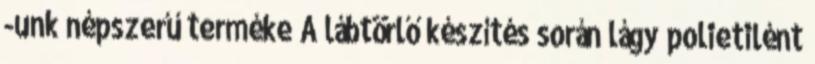
-unk népszerű terméke A lábtörlő készítés során lágy polietilént